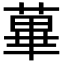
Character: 蓽